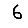
Digit: 6